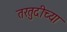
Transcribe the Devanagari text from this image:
तरतुदीच्या